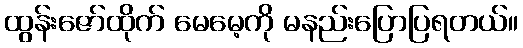
ထွန်းဇော်ထိုက် မေမေ့ကို မနည်းပြောပြရတယ်။